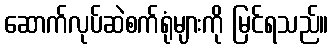
ဆောက်လုပ်ဆဲစက်ရုံများကို မြင်ရသည်။